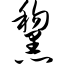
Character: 黧